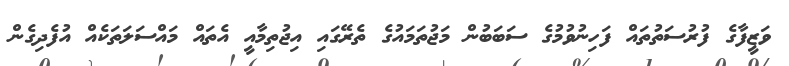
ވަޒީފާގެ ފުރުސަތުތައް ފަހިނުވުމުގެ ސަބަބުން މަޖުތަމައުގެ ތެރޭގައި އިޖުތިމާއީ އެތައް މައްސަލަތަކެއް އުފެދިގެން